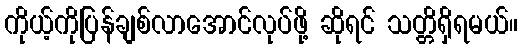
ကိုယ့်ကိုပြန်ချစ်လာအောင်လုပ်ဖို့ ဆိုရင် သတ္တိရှိရမယ်။